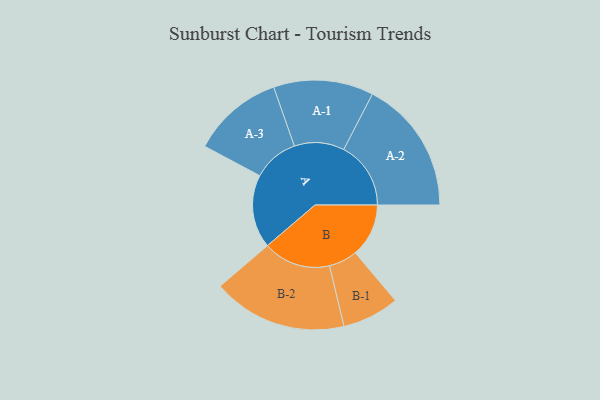
{"axis": {"x": "Segment", "y": "Value"}, "legend": ["", "A", "B"], "data": [{"x": "A", "y": 257, "type": ""}, {"x": "B", "y": 187, "type": ""}, {"x": "A-1", "y": 175, "type": "A"}, {"x": "A-2", "y": 235, "type": "A"}, {"x": "A-3", "y": 160, "type": "A"}, {"x": "B-1", "y": 100, "type": "B"}, {"x": "B-2", "y": 236, "type": "B"}]}